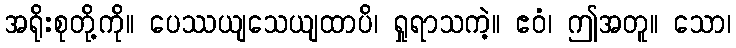
အရိုးစုတို့ကို။ ပေဿယျသေယျထာပိ၊ ရှုရာသကဲ့။ ဧဝံ၊ ဤအတူ။ သော၊